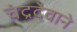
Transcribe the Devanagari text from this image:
चंद्रदेवाने